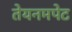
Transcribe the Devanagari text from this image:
तेयनमपेट